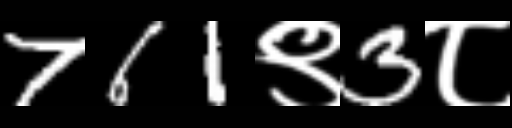
Text: 761९3८